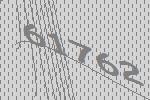
61762